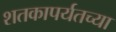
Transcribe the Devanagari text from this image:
शतकापर्यतच्या